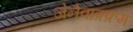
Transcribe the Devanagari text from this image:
जेनेवाप्रक्रम